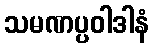
သမဏပ္ပဝါဒါနံ